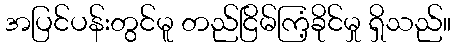
အပြင်ပန်းတွင်မူ တည်ငြိမ်ကြံ့ခိုင်မှု ရှိသည်။